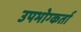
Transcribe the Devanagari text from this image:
उपभोग्कर्ता